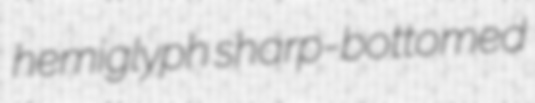
hemiglyph sharp-bottomed